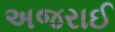
અજરાઈ